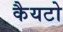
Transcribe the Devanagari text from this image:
कैयटो